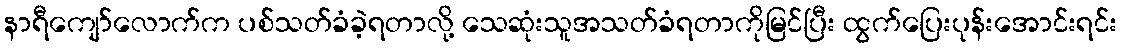
နာရီကျော်လောက်က ပစ်သတ်ခံခဲ့ရတာလို့ သေဆုံးသူအသတ်ခံရတာကိုမြင်ပြီး ထွက်ပြေးပုန်းအောင်းရင်း